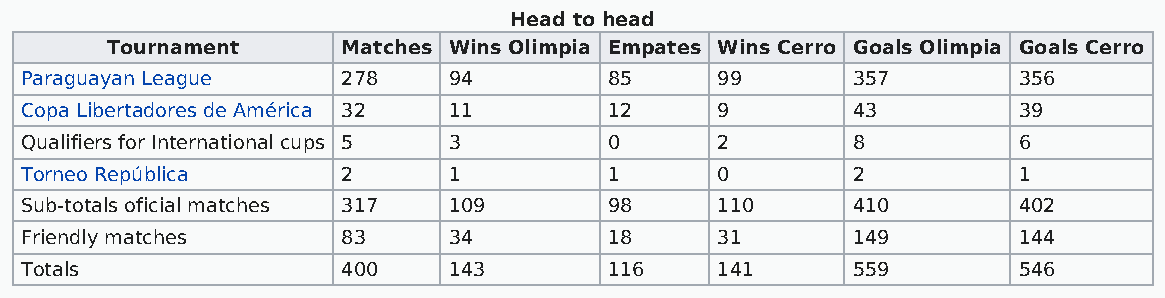
Head to head
 Tournament      Matches Wins Olimpia Empates Wins Cerro Goals Olimpia Goals Cerro
 Paraguayan League     278    94        85     99       357        356
 Copa Libertadores de América 32 11     12     9        43         39
 Qualifiers for International cups 5 3  0      2        8          6
 Torneo República      2      1         1      0        2          1
 Sub-totals oficial matches 317 109     98     110      410        402
 Friendly matches      83     34        18     31       149        144
 Totals                400    143       116    141      559        546